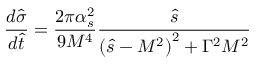
\frac { d \hat { \sigma } } { d \hat { t } } = \frac { 2 \pi \alpha _ { s } ^ { 2 } } { 9 M ^ { 4 } } \frac { \hat { s } } { \left( \hat { s } - M ^ { 2 } \right) ^ { 2 } + \Gamma ^ { 2 } M ^ { 2 } }